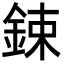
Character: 鋉